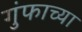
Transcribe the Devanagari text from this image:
गुंफाच्या